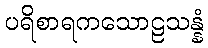
ပရိစာရကသောဠသန္နံ